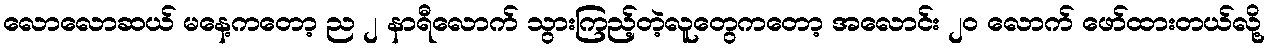
လောလောဆယ် မနေ့ကတော့ ည ၂ နာရီလောက် သွားကြည့်တဲ့လူတွေကတော့ အလောင်း ၂၀ လောက် ဖော်ထားတယ်လို့